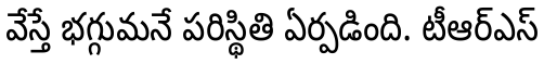
వేస్తే భగ్గుమనే పరిస్థితి ఏర్పడింది. టీఆర్ఎస్